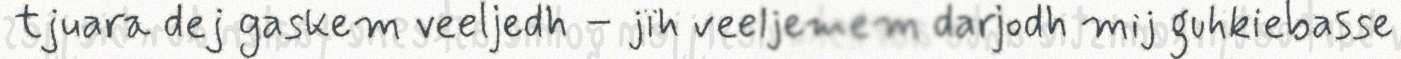
tjuara dej gaskem veeljedh – jïh veeljemem darjodh mij guhkiebasse